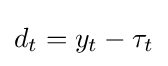
d_{t}=y_{t}-\tau _{t}